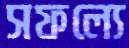
সফল্যে